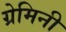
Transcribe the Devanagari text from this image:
ग्रेमिनी